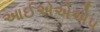
આઈએએએપ